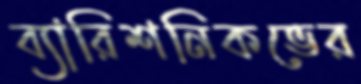
ব্যারিশনিকভের